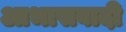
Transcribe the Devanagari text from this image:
आभासवादी